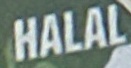
HALAL